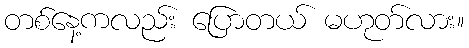
တစ်နေ့ကလည်း ပြောတယ် မဟုတ်လား။